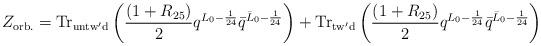
LaTeX: \begin{align*}Z_{\rm orb.}={\rm Tr}_{\rm untw'd}\left( {(1+R_{25})\over2} q^{L_0-{1\over 24}}{\bar q}^{{\bar L}_0-{1\over 24}}\right)+{\rm Tr}_{\rm tw'd}\left({(1+R_{25})\over2} q^{L_0-{1\over 24}} {\bar q}^{{\bar L}_0-{1\over24}}\right)\end{align*}